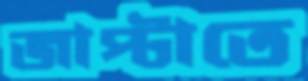
জাপ্‌টাতে